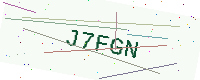
Text: J7FGN